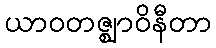
ယာဝတဇ္ဈာဝိနီတာ